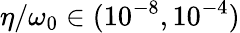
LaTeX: \eta/\omega_{0}\in(10^{-8},10^{-4})